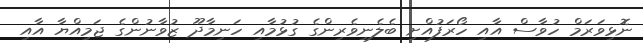
ނޮޅިވަރަމް ހުވާސް އާއި ހޯރަފުއްށި ބެލެނިވެރިންގެ ގުޅުމާއި ހަނިމާދޫ ޒުވާނުންގެ ޖަމިއްޔާ އާއި